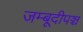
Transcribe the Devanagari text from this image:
जम्बूदीपञ्च